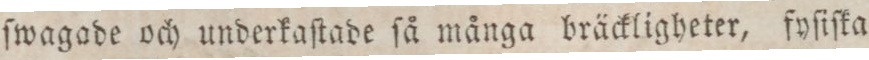
ſwagade och underkaſtade ſå många bräckligheter, fyſiſka